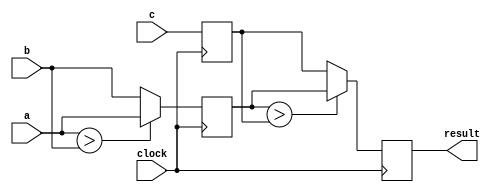
`timescale 1ns / 1ps
/*
//////////////////////////////////////////////////////////////////////////////////
// Company: 
// Engineer: 
// 
// Design Name: 
// Module Name:    Ejercicio2 
// Project Name: 
// Target Devices: 
// Tool versions: 
// Description: 
Desarrolle un modelo Verilog de un circuito con "pipeline" que compute 
el valor mximo de 3 flujos de entrada, a, b y c. 
El pipeline debe tener 2 etapas:
1)	La primera etapa determina cual es el mayor entre 'a' y 'b' y guarda el valor de 'c'.
2)	La segunda etapa busca el mayor entre 'c' y el resultado de la comparacin de 'a' y 'b'.
Las entradas y salidas son de 14 bits con signo, en complemento a 2.
// Dependencies: 
//
// Revision: 
// Revision 0.01 - File Created
// Additional Comments: 
//
//////////////////////////////////////////////////////////////////////////////////
*/
module Ejercicio2
#(parameter N=14)
(
	input wire signed [N-1:0]a,
	input wire signed [N-1:0]b,
	input wire signed [N-1:0]c,
	output reg signed [N-1:0]result,
	input wire clock
);
	 
	 reg signed [N-1:0]primera_etapa;
	 reg signed [N-1:0]auxiliar_c;
	 
	 always@(posedge clock)
	 begin
		auxiliar_c <= c;
		
		if(a > b)
			primera_etapa <= a;
		else
			primera_etapa <= b;
		
		if(primera_etapa > auxiliar_c)
			result <= primera_etapa;
		else
			result <= auxiliar_c;
	 end

endmodule